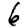
Digit: 6